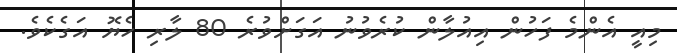
މިއީ އެންމެ ފަހުން އިއުލާން ކުރެވުނު އަގަށްވުރެ 80 ލާރި ހެޔޮ އަގެކެވެ.